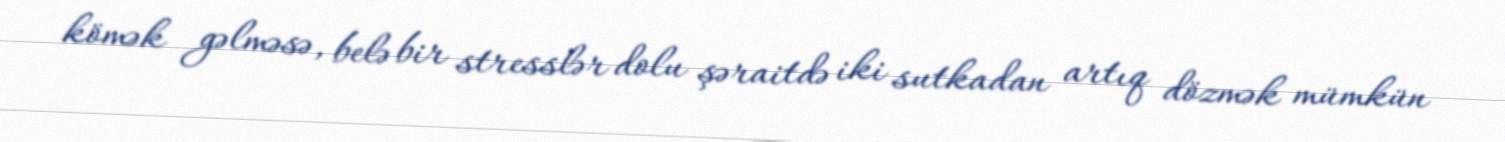
kömək gəlməsə, belə bir stresslər dolu şəraitdə iki sutkadan artıq dözmək mümkün